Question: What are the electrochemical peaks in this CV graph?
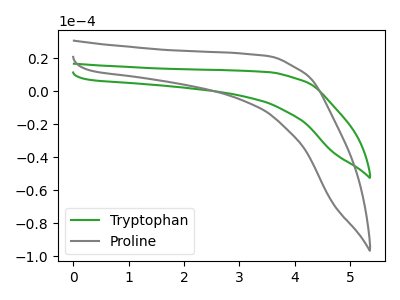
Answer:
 <answer>The green curve "Tryptophan" has no peaks. The gray curve "Proline" has no peaks.</answer>
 <eval></eval>